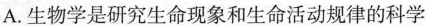
A.生物学是研究生命现象和生命活动规律的科学